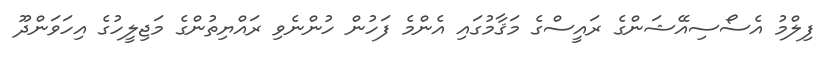
ފިލްމު އެސޯސިއޭޝަންގެ ރައީސްގެ މަޤާމުގައި އެންމެ ފަހުން ހުންނެވި ރައްޔިތުންގެ މަޖިލީހުގެ އިހަވަންދޫ